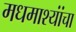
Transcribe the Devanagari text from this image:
मधमाश्यांंचा